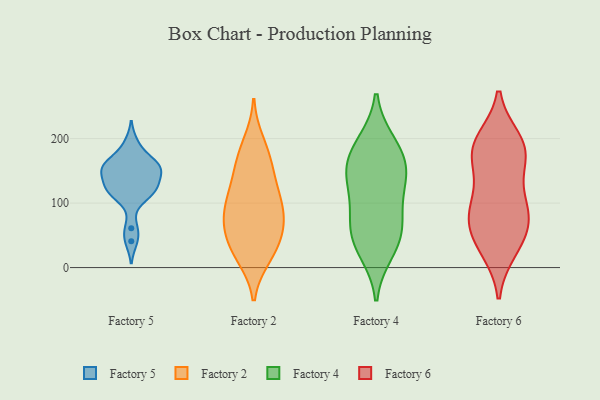
{"axis": {"x": "Operating Costs (USD K)", "y": "Value"}, "legend": ["Factory 2", "Factory 4", "Factory 5", "Factory 6"], "data": [{"x": "", "y": 156, "type": "Factory 5"}, {"x": "", "y": 61, "type": "Factory 5"}, {"x": "", "y": 171, "type": "Factory 5"}, {"x": "", "y": 120, "type": "Factory 5"}, {"x": "", "y": 193, "type": "Factory 5"}, {"x": "", "y": 160, "type": "Factory 5"}, {"x": "", "y": 120, "type": "Factory 5"}, {"x": "", "y": 122, "type": "Factory 5"}, {"x": "", "y": 153, "type": "Factory 5"}, {"x": "", "y": 147, "type": "Factory 5"}, {"x": "", "y": 158, "type": "Factory 5"}, {"x": "", "y": 142, "type": "Factory 5"}, {"x": "", "y": 41, "type": "Factory 5"}, {"x": "", "y": 124, "type": "Factory 5"}, {"x": "", "y": 106, "type": "Factory 5"}, {"x": "", "y": 125, "type": "Factory 2"}, {"x": "", "y": 63, "type": "Factory 2"}, {"x": "", "y": 72, "type": "Factory 2"}, {"x": "", "y": 40, "type": "Factory 2"}, {"x": "", "y": 22, "type": "Factory 2"}, {"x": "", "y": 97, "type": "Factory 2"}, {"x": "", "y": 145, "type": "Factory 2"}, {"x": "", "y": 165, "type": "Factory 2"}, {"x": "", "y": 194, "type": "Factory 2"}, {"x": "", "y": 17, "type": "Factory 2"}, {"x": "", "y": 27, "type": "Factory 2"}, {"x": "", "y": 173, "type": "Factory 2"}, {"x": "", "y": 111, "type": "Factory 2"}, {"x": "", "y": 75, "type": "Factory 2"}, {"x": "", "y": 102, "type": "Factory 2"}, {"x": "", "y": 68, "type": "Factory 2"}, {"x": "", "y": 154, "type": "Factory 4"}, {"x": "", "y": 135, "type": "Factory 4"}, {"x": "", "y": 149, "type": "Factory 4"}, {"x": "", "y": 65, "type": "Factory 4"}, {"x": "", "y": 109, "type": "Factory 4"}, {"x": "", "y": 53, "type": "Factory 4"}, {"x": "", "y": 37, "type": "Factory 4"}, {"x": "", "y": 189, "type": "Factory 4"}, {"x": "", "y": 158, "type": "Factory 4"}, {"x": "", "y": 25, "type": "Factory 4"}, {"x": "", "y": 193, "type": "Factory 4"}, {"x": "", "y": 80, "type": "Factory 4"}, {"x": "", "y": 77, "type": "Factory 6"}, {"x": "", "y": 176, "type": "Factory 6"}, {"x": "", "y": 96, "type": "Factory 6"}, {"x": "", "y": 190, "type": "Factory 6"}, {"x": "", "y": 176, "type": "Factory 6"}, {"x": "", "y": 47, "type": "Factory 6"}, {"x": "", "y": 197, "type": "Factory 6"}, {"x": "", "y": 92, "type": "Factory 6"}, {"x": "", "y": 32, "type": "Factory 6"}, {"x": "", "y": 124, "type": "Factory 6"}, {"x": "", "y": 67, "type": "Factory 6"}, {"x": "", "y": 192, "type": "Factory 6"}, {"x": "", "y": 164, "type": "Factory 6"}, {"x": "", "y": 80, "type": "Factory 6"}, {"x": "", "y": 28, "type": "Factory 6"}]}